Lunatic asylums in Bengal annual reports 1899-1911 - 1899-1911
Year: 1899
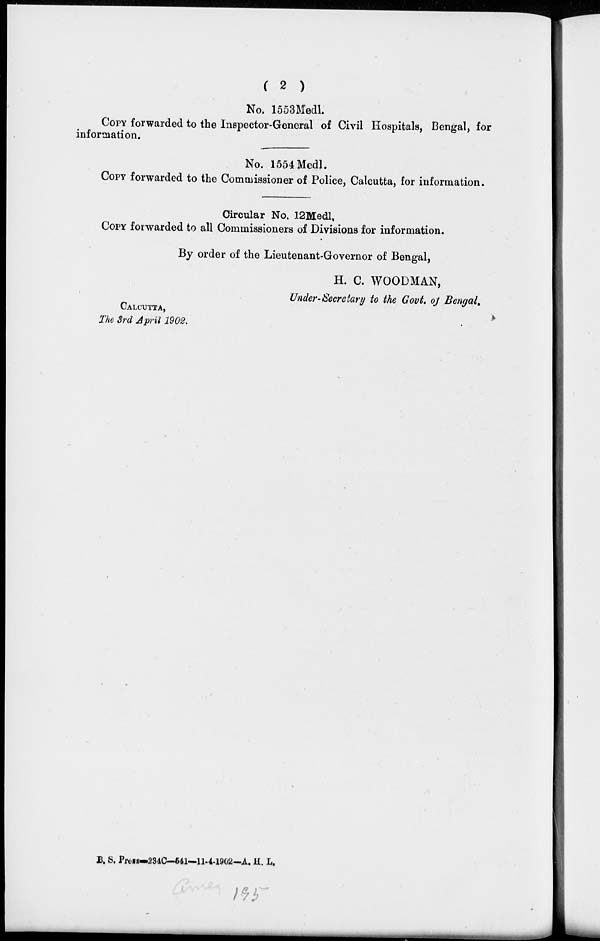
( 2 )
No. 1553Medl.
COPY forwarded to the Inspector-General of Civil Hospitals, Bengal, for
information.
No. 1554 Medl.
COPY forwarded to the Commissioner of Police, Calcutta, for information.
Circular No. 12Medl.
COPY forwarded to all Commissioners of Divisions for information.
By order of the Lieutenant-Governor of Bengal,
H. C. WOODMAN,
Under-Secretary to the Govt. of Bengal.
CALCUTTA,
The 3rd April 1902.
B. S. Press—234C—541—11-4-1902—A. H. L.